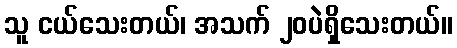
သူ ငယ်သေးတယ်၊ အသက် ၂၀ပဲရှိသေးတယ်။